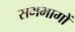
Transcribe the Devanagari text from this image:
समभागों